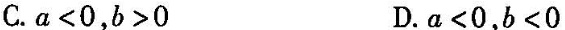
C.a<0,b>0 D.a<0,b<0